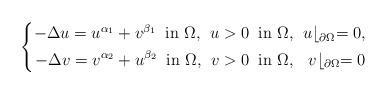
LaTeX: \begin{align*}\left\{\begin{alignedat}{2}-\Delta u=u^{\alpha_1}+v^{\beta_1}\;\;\mbox{in $\Omega$,}\;\; u>0\;\;\mbox{in $\Omega$,}\;\; && u\lfloor_{\partial\Omega}=0,\\-\Delta v=v^{\alpha_2}+u^{\beta_2}\;\;\mbox{in $\Omega$,}\;\; v>0\;\;\mbox{in $\Omega$,}\;\; && v\lfloor_{\partial\Omega}=0\end{alignedat}\right.\end{align*}